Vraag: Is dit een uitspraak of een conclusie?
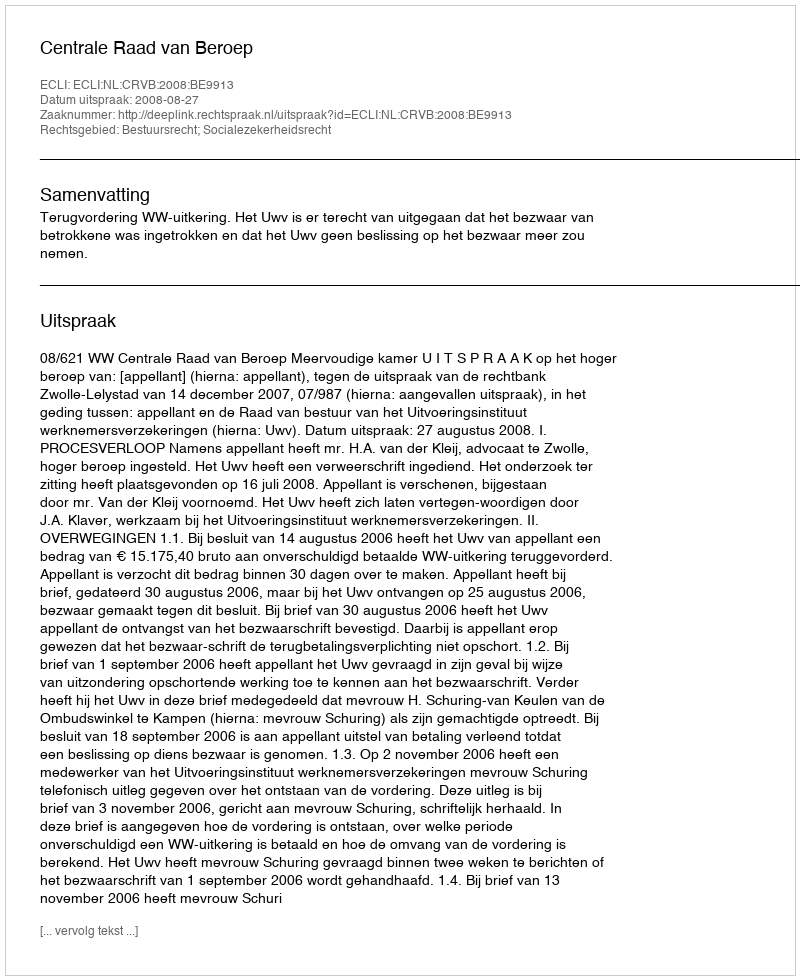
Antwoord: Uitspraak